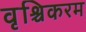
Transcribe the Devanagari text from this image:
वृश्चिकरम